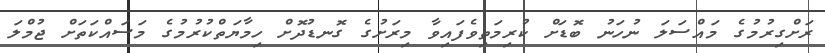
ރަށްގިރުމުގެ މައްސަލަ ނުހަނު ބޮޑަށް ކުރިމަތިވެފައިވާ މިރަށުގެ ގޮނޑުދޮށް ހިމާޔަތްކުރުމުގެ މަސައްކަތަށް ޖުމްލަ